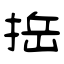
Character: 捳